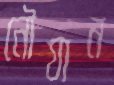
নৌযান